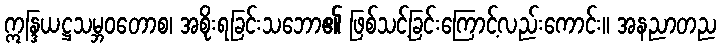
ဣန္ဒြယဋ္ဌသမ္ဘဝတောစ၊ အစိုးရခြင်းသဘော၏ ဖြစ်သင့်ခြင်းကြောင့်လည်းကောင်း။ အနညာတည